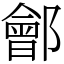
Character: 鄶